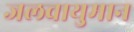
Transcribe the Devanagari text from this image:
जलवायुमान